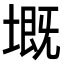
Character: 𡏲